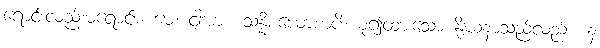
ရောင်းလည်းမရောင်း။ မေ၊ ငါ့အား။ သန္နိစယောစာပိ၊ စု၍ထားသော နို့ဃနာသည်လည်း။ န